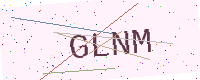
Text: GLNM